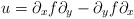
\begin{align*}u=\partial _xf\partial _y-\partial _yf\partial _x\end{align*}